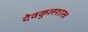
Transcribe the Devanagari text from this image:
देवकुलशास्त्र